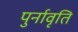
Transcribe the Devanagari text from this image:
पुर्नावृति